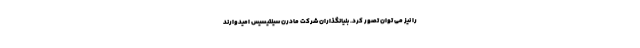
را نیز می توان تصور کرد. بنیانگذاران شرکت مادرن سینتیسیس امیدوارند